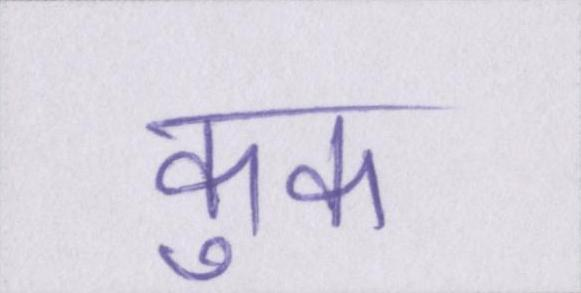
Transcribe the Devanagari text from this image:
कुक